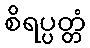
စိရပ္ပတ္တံ